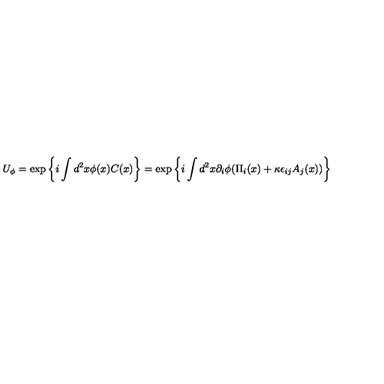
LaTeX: U _ { \phi } = \exp \left\{ i \int d ^ { 2 } x \phi ( x ) C ( x ) \right\} = \exp \left\{ i \int d ^ { 2 } x \partial _ { i } \phi ( \Pi _ { i } ( x ) + \kappa \epsilon _ { i j } A _ { j } ( x ) ) \right\}